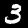
Digit: 3